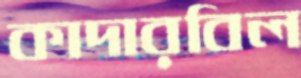
কাদারবিল